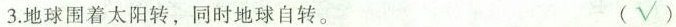
3.地球围着太阳转，同时地球自转。 (√)